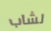
لشاب